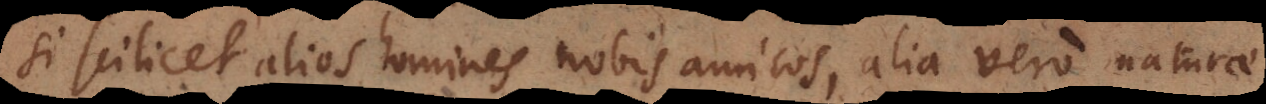
Si scilicet alios homines nobis amicos, alia vero naturae